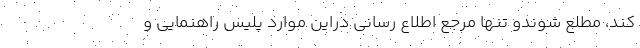
کند، مطلع شوندو تنها مرجع اطلاع رسانی دراین موارد پلیس راهنمایی و